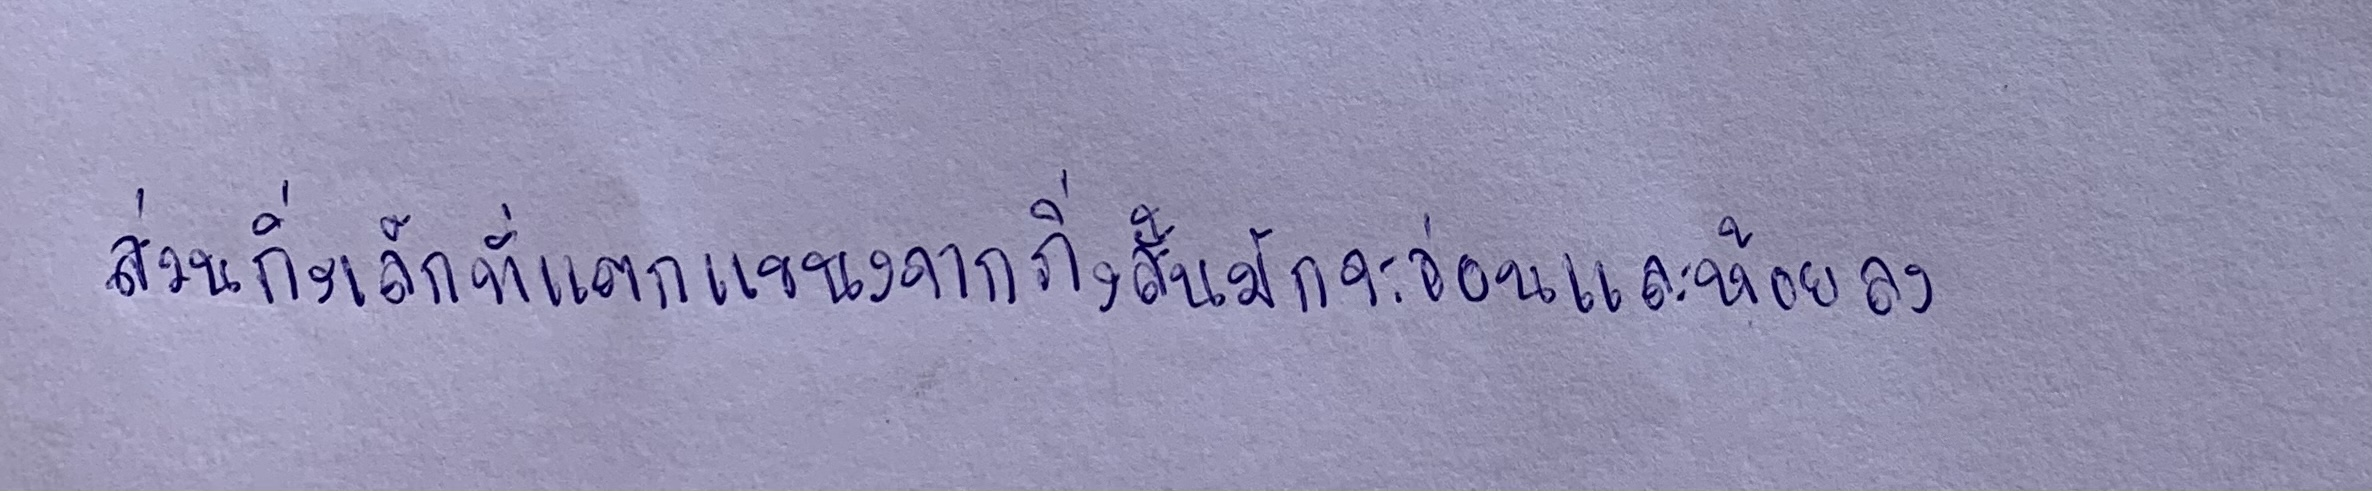
ส่วนกิ่งเล็กที่แตกแขนงจากกิ่งสั้นมักจะอ่อนและห้อยลง